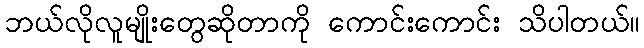
ဘယ်လိုလူမျိုးတွေဆိုတာကို ကောင်းကောင်း သိပါတယ်။